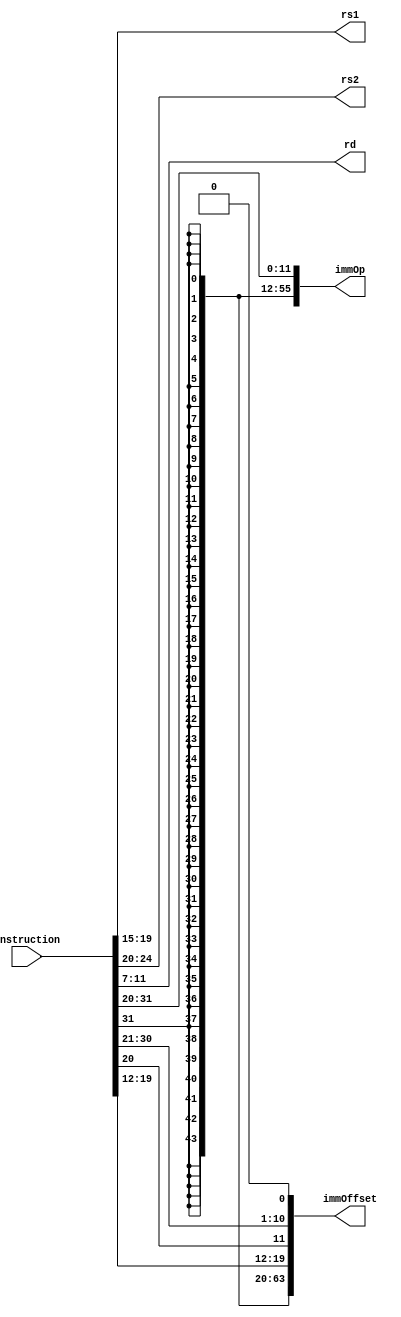
module decoder(
    input wire[31:0] instruction,
    output wire[4:0] rs1,
    output wire[4:0] rs2,
    output wire[4:0] rd,
    output wire[63:0] immOp,
    output wire[63:0] immOffset
);

    assign rs1 = instruction[19:15];
    assign rs2 = instruction[24:20];
    assign rd = instruction[11:7];
    assign immOp = {{52{instruction[31]}}, instruction[31:20]};
    // Sign extend
    assign immOffset = {{43{instruction[31]}},
                    instruction[31], 
                    instruction[19:12],
                    instruction[20],
                    instruction[30:21],
                    1'b0
                };


    
    always @(immOp) $display("0x%h", immOp);
    always @(immOffset) $display("imm offset : 0x%h", immOffset);
    always @(immOffset) $display("sign bit : 0x%h",  {instruction[31], 
                    instruction[19:12],
                    instruction[20],
                    instruction[30:21]
                });

endmodule